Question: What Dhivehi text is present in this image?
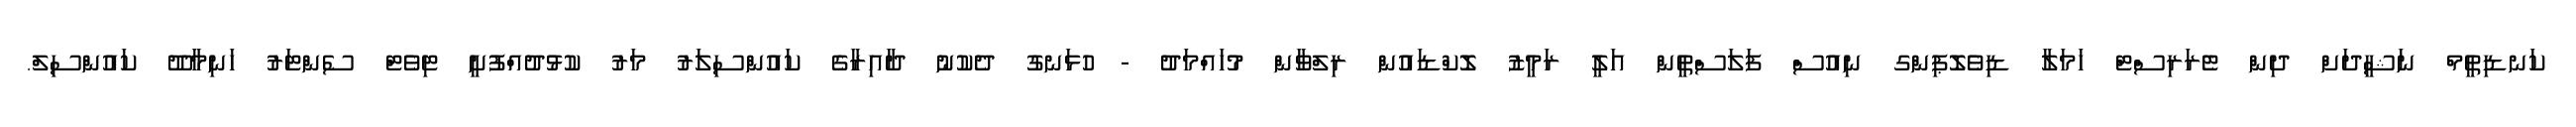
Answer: ކަނޑިތީމް ނަޝީދަށް ދިން ޓެރަރިސްޓް ހަމަލާ ޑިވެލޮޕިންގ ނިއުސް ފަލަސްތީން އަލީ ރަމީޒު ލޮކްޑައުން ރިލްވާން މުހައްމަދު - ހުޅަނގު ދެކުނު ދާއިރާގެ ކައުންސިލަރު މަރު ކުޅުދުއްފުށީ ޓިވެޓް ސެންޓަރު ހަނިމާދޫ ކައުންސިލް.